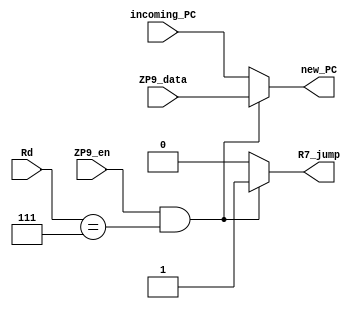
module R7_control_RR(ZP9_en,incoming_PC,Rd,ZP9_data,new_PC,R7_jump);
	input ZP9_en;
	input [15:0] incoming_PC,ZP9_data;
	input [2:0] Rd;	
	output reg [15:0] new_PC;
	output reg R7_jump;
	
	always @(*)
		begin
			R7_jump = 1'b0;
			new_PC = incoming_PC;
			if(ZP9_en && Rd==3'b111)
				begin
					R7_jump = 1'b1;
					new_PC = ZP9_data;	
				end
		end
	
	
endmodule